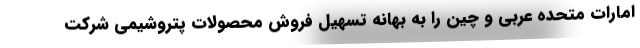
امارات متحده عربی و چین را به بهانه تسهیل فروش محصولات پتروشیمی شرکت